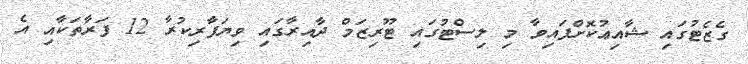
ގެޒެޓުގައި ޝާއިޢުކޮށްފައިވާ މި ލިސްޓުގައި ޓޫރިޒަމް ދާއިރާގައި ވިޔަފާރިކުރާ 12 ފަރާތަކާއި އެ